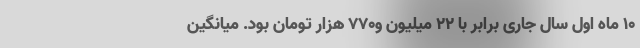
۱۰ ماه اول سال جاری برابر با ۲۲ میلیون و۷۷۰ هزار تومان بود. میانگین